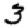
Digit: 3